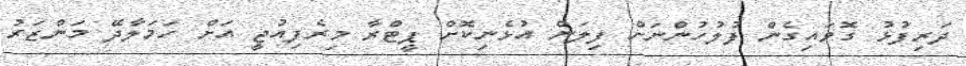
ދަރިފުޅު ގޮވައިގެން ފުލުހުންނަށް ފިލަން އުޅެނިކޮށް ޕީޓްރާ މިރެފިއުޖީ އަށް ހަމަލާދޭ މަންޒަރު